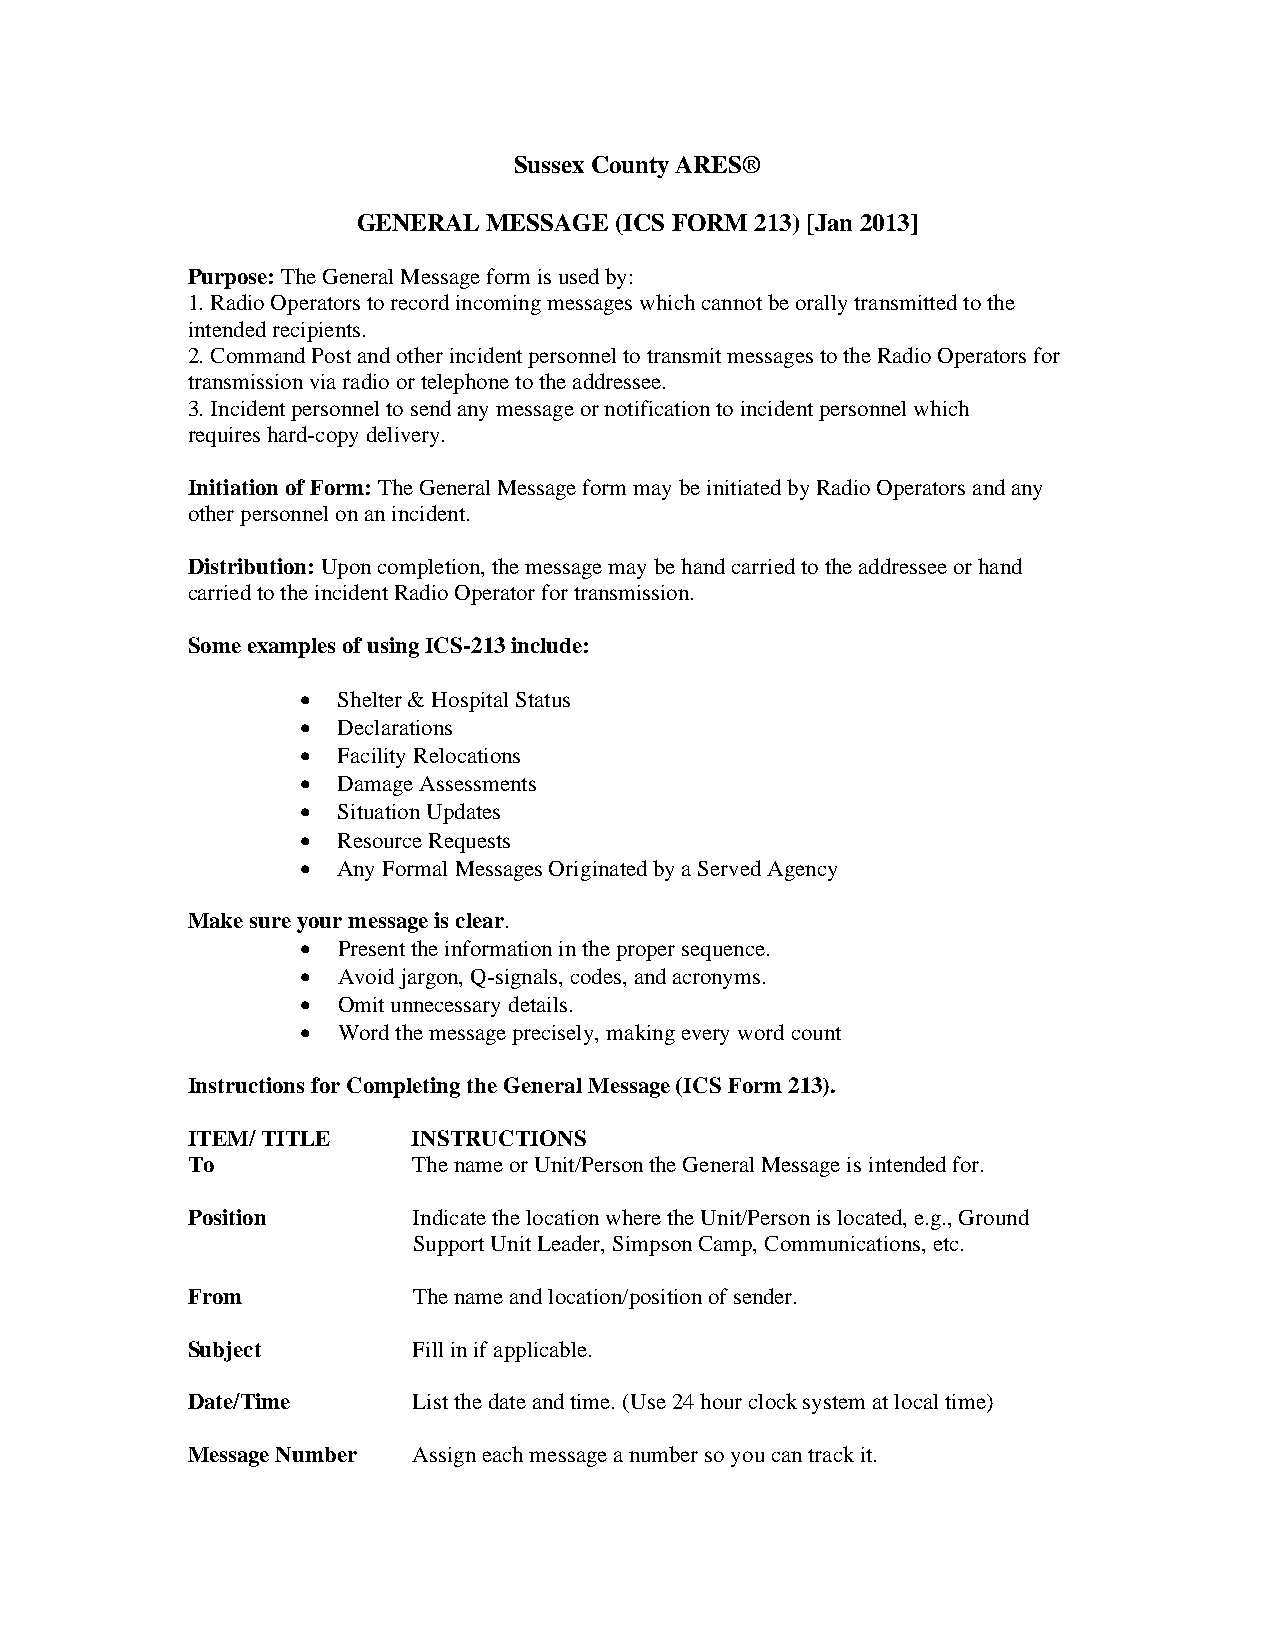
Sussex County ARES®
 GENERAL MESSAGE  (ICS FORM 213) [Jan 2013]
 Purpose: The General Message form is used by:
 1. Radio Operators to record incoming messages which cannot be orally transmitted to the
 intended recipients.
 2. Command Post and other incident personnel to transmit messages to the Radio Operators for
 transmission via radio or telephone to the addressee.
 3. Incident personnel to send any message or notification to incident personnel which
 requires hard-copy delivery.
 Initiation of Form: The General Message form may be initiated by Radio Operators and any
 other personnel on an incident.
 Distribution: Upon completion, the message may be hand carried to the addressee or hand
 carried to the incident Radio Operator for transmission.
 Some examples of using ICS-213 include:
 • Shelter & Hospital Status
 • Declarations
 • Facility Relocations
 • Damage Assessments
 • Situation Updates
 • Resource Requests
 • Any Formal Messages Originated by a Served Agency
 Make sure your message is clear.
 • Present the information in the proper sequence.
 • Avoid jargon, Q-signals, codes, and acronyms.
 • Omit unnecessary details.
 • Word the message precisely, making every word count
 Instructions for Completing the General Message (ICS Form 213).
 ITEM/ TITLE    INSTRUCTIONS
 To             The name or Unit/Person the General Message is intended for.
 Position       Indicate the location where the Unit/Person is located, e.g., Ground
 Support Unit Leader, Simpson Camp, Communications, etc.
 From           The name and location/position of sender.
 Subject        Fill in if applicable.
 Date/Time      List the date and time. (Use 24 hour clock system at local time)
 Message Number Assign each message a number so you can track it.